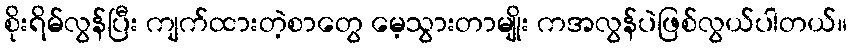
စိုးရိမ်လွန်ပြီး ကျက်ထားတဲ့စာတွေ မေ့သွားတာမျိုး ကအလွန်ပဲဖြစ်လွယ်ပါတယ်။